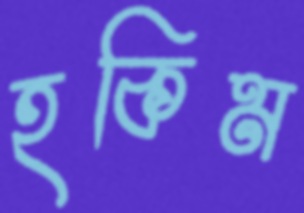
হকিম